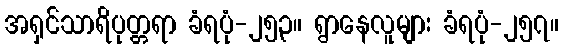
အရှင်သာရိပုတ္တရာ ခံရပုံ-၂၅၃။ ရွာနေလူများ ခံရပုံ-၂၅၇။